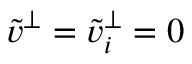
\tilde { v } ^ { \perp } = \tilde { v } _ { i } ^ { \perp } = 0